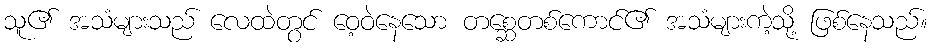
သူ၏ အသံများသည် လေထဲတွင် ဝေ့ဝဲနေသော တစ္ဆေတစ်ကောင်၏ အသံများကဲ့သို့ ဖြစ်နေသည်။